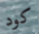
كود